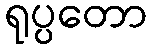
ရုပ္ပတော